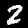
Digit: 2